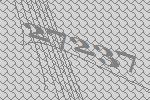
27237